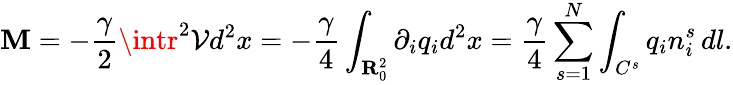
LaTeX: \mathbf{M}=-\frac{{\gamma}}{{2}}\intr^{2}{\mathcal{{V}}}d^{2}x=-\frac{{\gamma}}{{4}}\int_{{\mathbf{{R}}}_{0}^{2}}\partial_{i}q_{i}d^{2}x=\frac{{\gamma}}{{4}}\sum_{s=1}^{N}\int_{C^{s}}q_{i}n_{i}^{s}\, dl.